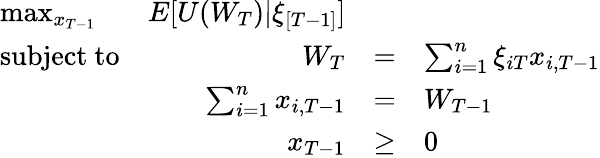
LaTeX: {\begin{array}{lrclr}{\operatorname*{max}_{x_{T-1}}}&{E[U(W_{T})|\xi_{[T-1]}]}&\\ {{\mathrm{subject~to}}}&{W_{T}}&{=}&{\sum_{i=1}^{n}\xi_{iT}x_{i,T-1}}\\ &{\sum_{i=1}^{n}x_{i,T-1}}&{=}&{W_{T-1}}\\ &{x_{T-1}}&{\geq}&{0}\end{array}}